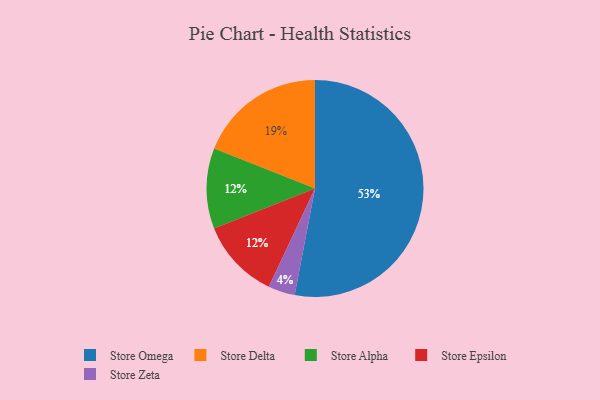
{"axis": {"x": "Category", "y": "Percentage"}, "legend": ["Store Alpha", "Store Delta", "Store Epsilon", "Store Omega", "Store Zeta"], "data": [{"x": "Store Alpha", "y": 12, "type": "Store Alpha"}, {"x": "Store Epsilon", "y": 12, "type": "Store Epsilon"}, {"x": "Store Delta", "y": 19, "type": "Store Delta"}, {"x": "Store Zeta", "y": 4, "type": "Store Zeta"}, {"x": "Store Omega", "y": 53, "type": "Store Omega"}]}